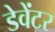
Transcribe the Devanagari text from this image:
डेवेंटर